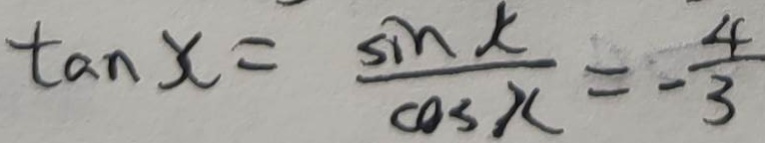
\tan x = \frac { \sin x } { \cos x } = - \frac { 4 } { 3 }